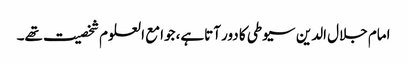
امام جلال الدین سیوطی کا دور آتاہے، جوامع العلوم شخصیت تھے۔